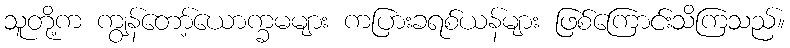
သူတို့က ကျွန်တော့်ယောက္ခမများ ကပြားခရစ်ယန်များ ဖြစ်ကြောင်းသိကြသည်။